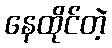
နေထိုင်တဲ့